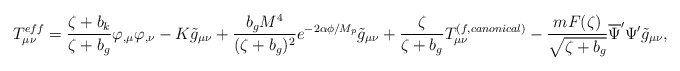
\begin{align*}T_{\mu\nu}^{eff}=\frac{\zeta +b_{k}}{\zeta +b_{g}}\varphi_{,\mu}\varphi_{,\nu}-K\tilde{g}_{\mu\nu}+\frac{b_{g}M^{4}}{(\zeta +b_{g})^{2}}e^{-2\alpha\phi/M_{p}}\tilde{g}_{\mu\nu}+\frac{\zeta}{\zeta +b_{g}}T_{\mu\nu}^{(f,canonical)}-\frac{mF(\zeta)}{\sqrt{\zeta +b_{g}}}\overline{\Psi}^{\prime}\Psi^{\prime}\tilde{g}_{\mu\nu}, \end{align*}